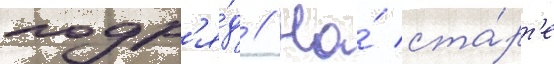
подр'я́д // На́ ста́рт'е